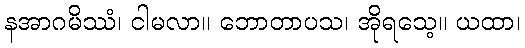
နအာဂမိဿံ၊ ငါမလာ။ ဘောတာပသ၊ အိုရသေ့။ ယထာ၊